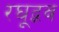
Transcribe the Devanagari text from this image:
रघूद्भव